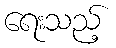
ရေးသည့်